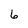
Character: 6